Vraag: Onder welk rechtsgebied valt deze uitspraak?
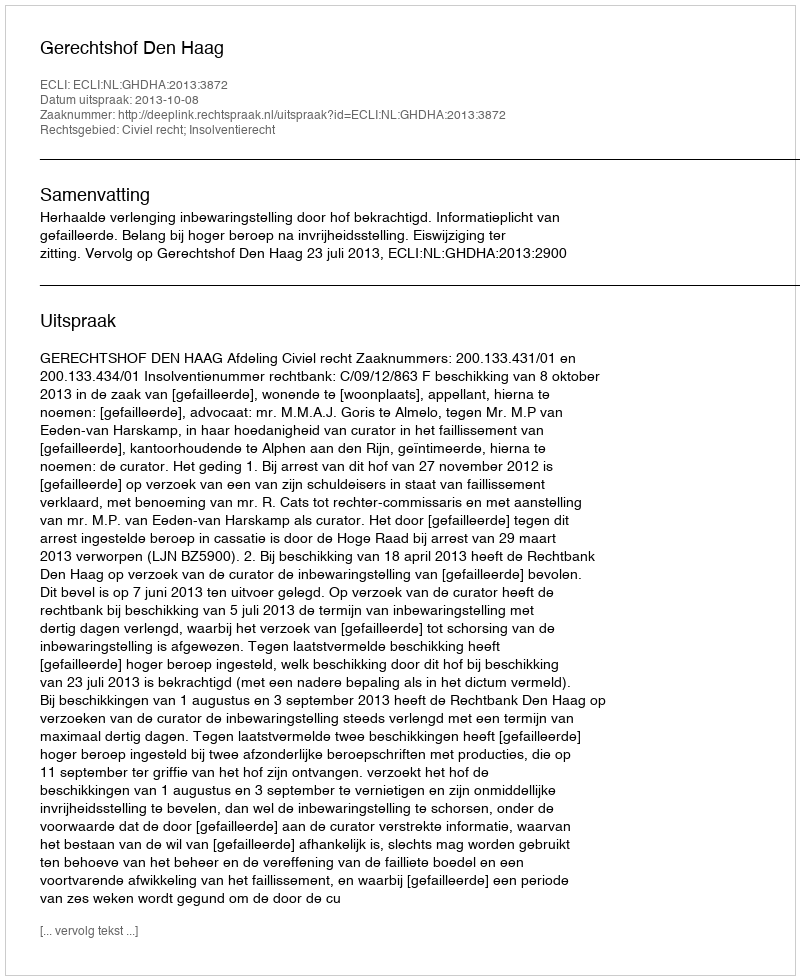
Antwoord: Civiel recht; Insolventierecht